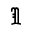
\Im